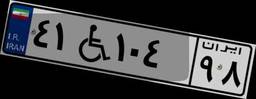
۶۷W۰۲۶۹۲